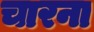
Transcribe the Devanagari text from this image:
चारना